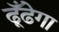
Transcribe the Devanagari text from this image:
ढूँढेगा